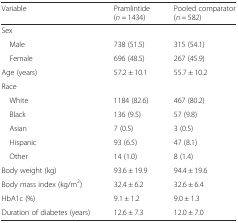
| Variable | Pramlintide (n = 1434) | Pooled comparator (n = 582) |
 | --- | --- | --- |
 | <COLSPAN=3> Sex |
 | Male | 738 (51.5) | 315 (54.1) |
 | Female | 696 (48.5) | 267 (45.9) |
 | Age (years) | 57.2 ± 10.1 | 55.7 ± 10.2 |
 | <COLSPAN=3> Race |
 | White | 1184 (82.6) | 467 (80.2) |
 | Black | 136 (9.5) | 57 (9.8) |
 | Asian | 7 (0.5) | 3 (0.5) |
 | Hispanic | 93 (6.5) | 47 (8.1) |
 | Other | 14 (1.0) | 8 (1.4) |
 | Body weight (kg) | 93.6 ± 19.9 | 94.4 ± 19.6 |
 | Body mass index (kg/m2) | 32.4 ± 6.2 | 32.6 ± 6.4 |
 | HbA1c (%) | 9.1 ± 1.2 | 9.0 ± 1.3 |
 | Duration of diabetes (years) | 12.6 ± 7.3 | 12.0 ± 7.0 |